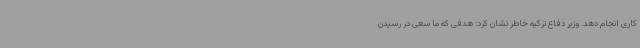
کاری انجام دهد. وزیر دفاع ترکیه خاطر نشان کرد: هدفی که ما سعی در رسیدن